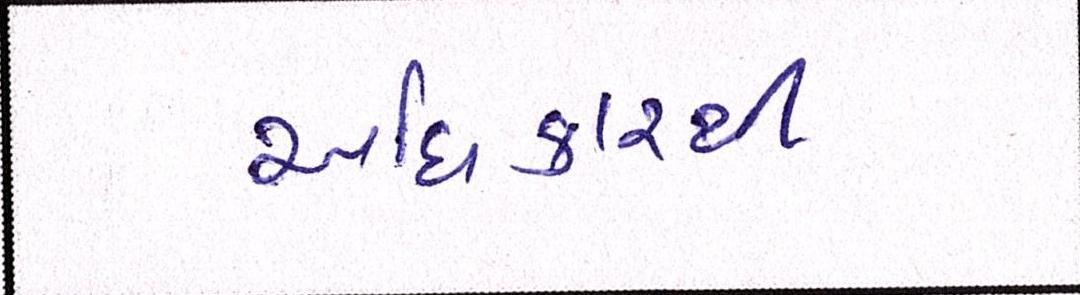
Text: અધિકારથી